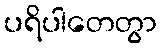
ပရိပါတေတွာ